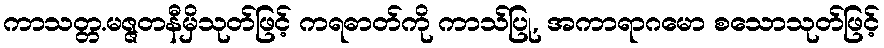
ကာသတ္တ.မဇ္ဇတနီမှိသုတ်ဖြင့် ကရဓာတ်ကို ကာသ်ပြု, အကာရာဂမော စသောသုတ်ဖြင့်